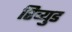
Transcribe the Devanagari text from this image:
रिव्युड